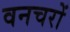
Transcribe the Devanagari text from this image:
वनचरों